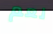
نعم